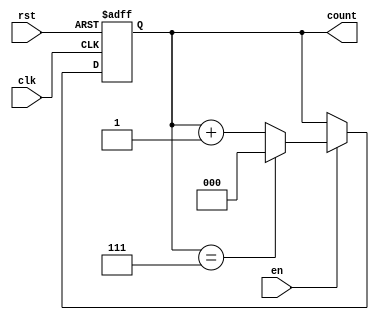
module modulus_counter #(
    parameter N = 8 // Default modulus value (can be overridden)
)(
    input wire clk,    // Clock signal
    input wire rst,    // Asynchronous active-high reset
    input wire en,     // Enable signal
    output reg [$clog2(N)-1:0] count // Current count value
);

    // Always block triggered on the rising edge of the clock
    always @(posedge clk or posedge rst) begin
        if (rst) begin
            // If reset is high, set count to 0
            count <= 0;
        end else if (en) begin
            // If enabled, increment the count
            if (count == N-1) begin
                count <= 0; // Wrap around if count reaches N
            end else begin
                count <= count + 1; // Increment count
            end
        end
    end

endmodule